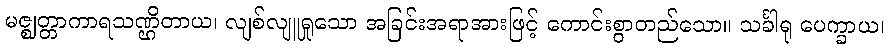
မဇ္ဈတ္တာကာရသဏ္ဌိတာယ၊ လျစ်လျူရှုသော အခြင်းအရာအားဖြင့် ကောင်းစွာတည်သော။ သင်္ခါရု ပေက္ခာယ၊